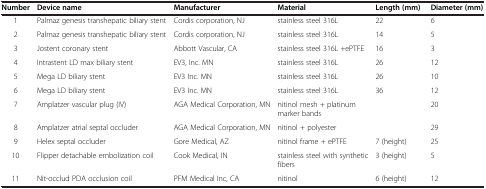
| Number | Device name | Manufacturer | Material | Length (mm) | Diameter (mm) |
 | --- | --- | --- | --- | --- | --- |
 | 1 | Palmaz genesis transhepatic biliary stent | Cordis corporation, NJ | stainless steel 316L | 22 | 6 |
 | 2 | Palmaz genesis transhepatic biliary stent | Cordis corporation, NJ | stainless steel 316L | 14 | 5 |
 | 3 | Jostent coronary stent | Abbott Vascular, CA | stainless steel 316L +ePTFE | 16 | 3 |
 | 4 | Intrastent LD max biliary stent | EV3, Inc. MN | stainless steel 316L | 26 | 12 |
 | 5 | Mega LD biliary stent | EV3 Inc. MN | stainless steel 316L | 26 | 10 |
 | 6 | Mega LD biliary stent | EV3 Inc. MN | stainless steel 316L | 36 | 12 |
 | 7 | Amplatzer vascular plug (IV) | AGA Medical Corporation, MN | nitinol mesh + platinum marker bands |  | 20 |
 | 8 | Amplatzer atrial septal occluder | AGA Medical Corporation, MN | nitinol + polyester |  | 29 |
 | 9 | Helex septal occluder | Gore Medical, AZ | nitinol frame + ePTFE | 7 (height) | 25 |
 | 10 | Flipper detachable embolization coil | Cook Medical, IN | stainless steel with synthetic fibers | 3 (height) | 5 |
 | 11 | Nit-occlud PDA occlusion coil | PFM Medical Inc, CA | nitinol | 6 (height) | 12 |